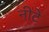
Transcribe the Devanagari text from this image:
नीटे